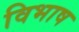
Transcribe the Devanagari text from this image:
विभाष